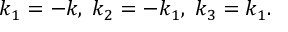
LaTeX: k _ { 1 } = - k , \; k _ { 2 } = - k _ { 1 } , \; k _ { 3 } = k _ { 1 } .